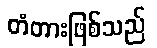
တံတားဖြစ်သည်